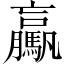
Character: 驘